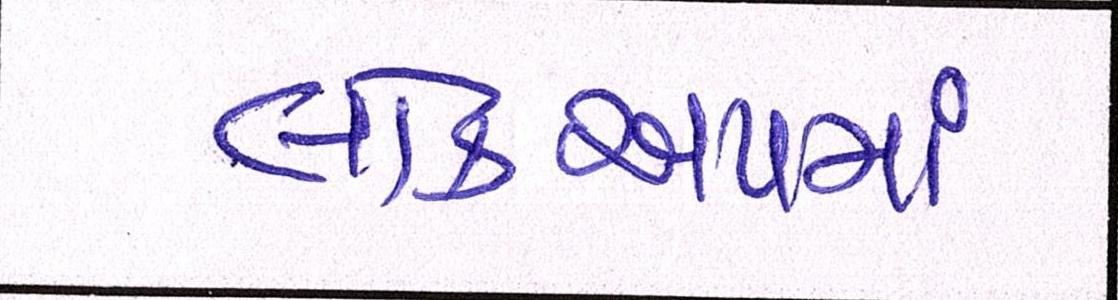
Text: લોકઅપમાં